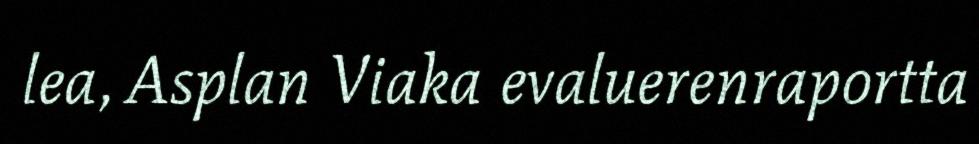
lea, Asplan Viaka evaluerenraportta